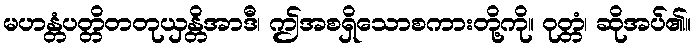
မဟန္တံပတ္တိတတုယှန္တိအာဒီ၊ ဤအစရှိသောစကားတို့ကို။ ဝုတ္တံ၊ ဆိုအပ်၏။